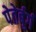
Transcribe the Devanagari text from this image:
पेतेर्बुर्ग